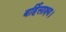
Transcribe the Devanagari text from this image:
बर्हिसाक्ष्य।